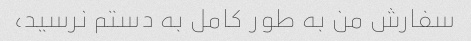
سفارش من به طور کامل به دستم نرسید،